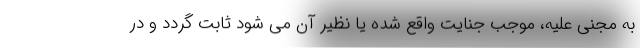
به مجنی علیه، موجب جنایت واقع شده یا نظیر آن می شود ثابت گردد و در